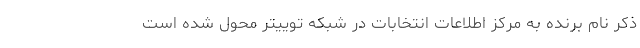
ذکر نام برنده به مرکز اطلاعات انتخابات در شبکه توییتر محول شده است